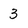
Character: 3